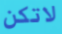
لاتكن